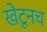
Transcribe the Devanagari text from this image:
खेटूनच